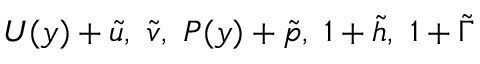
U ( y ) + \tilde { u } , ~ \tilde { v } , ~ P ( y ) + \tilde { p } , ~ 1 + \tilde { h } , ~ 1 + \tilde { \Gamma }